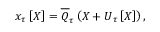
\boldsymbol { x } _ { \u { \tau } } \left[ \boldsymbol { X } \right] = \overline { { \u { Q } } } _ { \u { \tau } } \left( \boldsymbol { X } + \boldsymbol { U } _ { \u { \tau } } \left[ \boldsymbol { X } \right] \right) ,